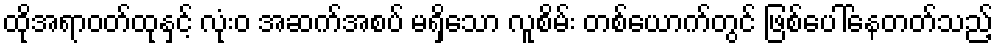
ထိုအရာဝတ်ထုနှင့် လုံးဝ အဆက်အစပ် မရှိသော လူစိမ်း တစ်ယောက်တွင် ဖြစ်ပေါ်နေတတ်သည့်